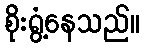
စိုးရွံ့နေသည်။